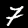
Label: 7